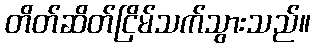
တိတ်ဆိတ်ငြိမ်သက်သွားသည်။